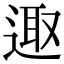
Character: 𨓭